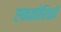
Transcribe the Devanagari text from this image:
एककोशिकी